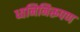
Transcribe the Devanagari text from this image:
ध्वनिनिरूपण